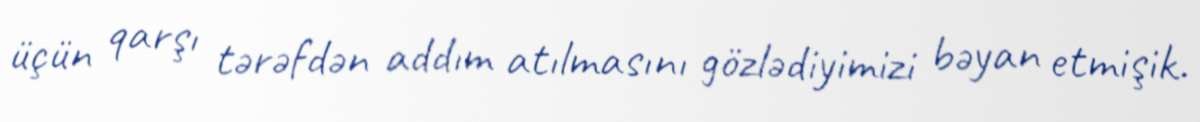
üçün qarşı tərəfdən addım atılmasını gözlədiyimizi bəyan etmişik.